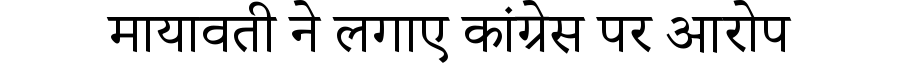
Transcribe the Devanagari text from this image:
मायावती ने लगाए कांग्रेस पर आरोप